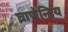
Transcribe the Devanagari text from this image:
घ्राणेन्द्रिय